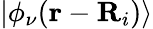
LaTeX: |\phi_{\nu}({\mathbf r}-{\mathbf R}_{i})\rangle